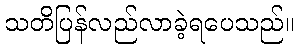
သတိပြန်လည်လာခဲ့ရပေသည်။